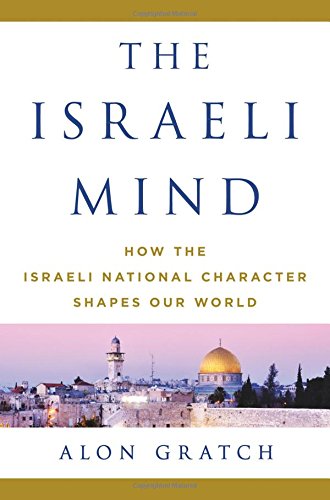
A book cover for The Israeli Mind: How the Israeli National Character Shapes Our World; Alon Gratch; History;